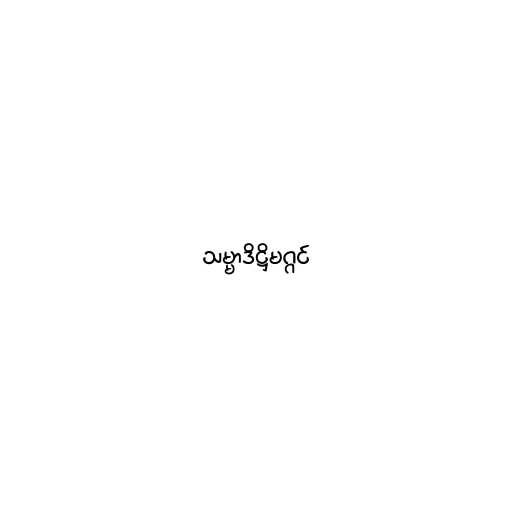
သမ္မာဒိဋ္ဌိမဂ္ဂင်